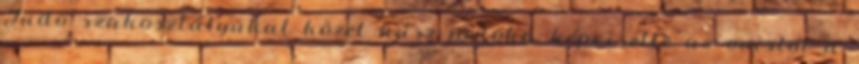
Judo szakosztályukat közel húsz judoka képviselte az ovistól a